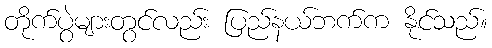
တိုက်ပွဲများတွင်လည်း ပြည်နယ်ဘက်က နိုင်သည်။